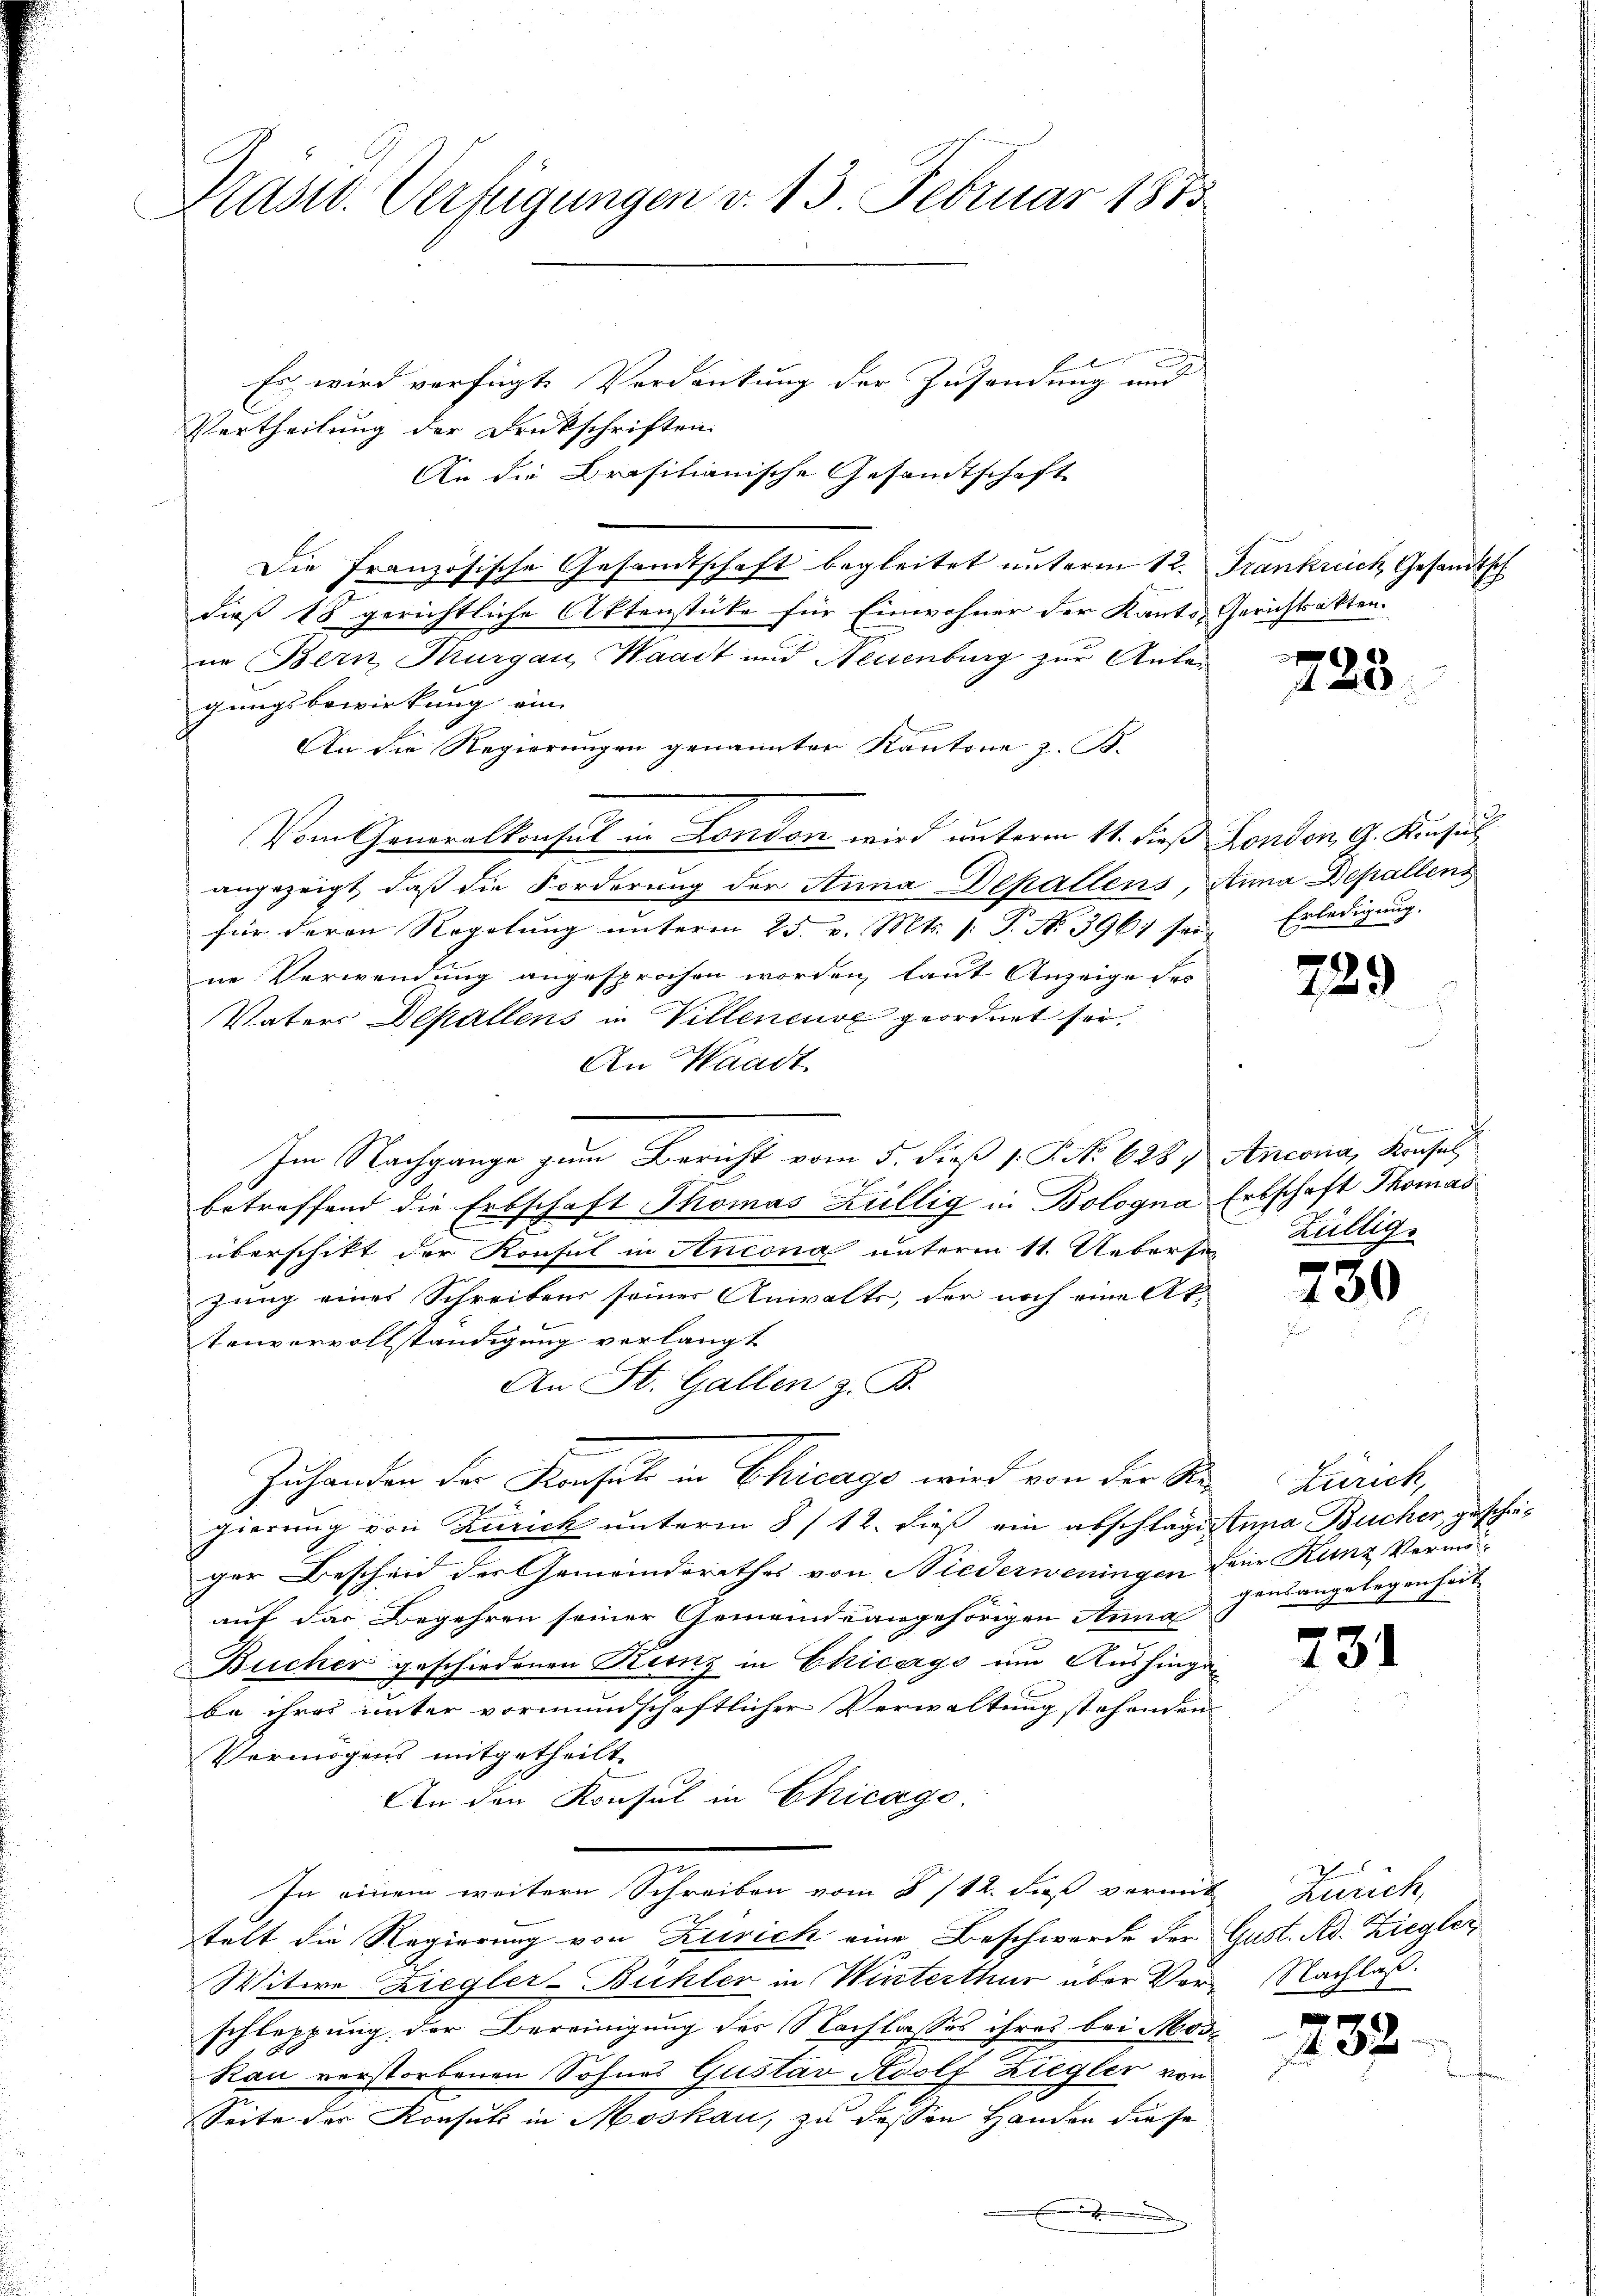
Präsid. Verfügungen d. 13 Februar 1873

Es wird verfügte Verdankung der Zusendung und
Vertheilung der Druckschriften.
An die Brasitionische Gesandtschaft
Die Französische Gesandtschaft begleitet unterm 12. Frankrich, Gesandtsch
dieß 18 gerichtliche Aktenstüke für Einwohner der Kanto Gerichtsakten.
ne Bern Thurgau, Waadt und Neuenburg zur Anlagungsbewirkung ein
An die Regierungen genannten Kantone z. B.
Vom Honoralkonsul in London wird unterm 11. dieß London, G. Konsul
angezeigt, daß die Forderung der Anna Dehallens, Anna Depallens
für deren Regelung unterm 25. v. Mts. (: P. No 3961 sei
ne Verwendung angesprochen worden, laut Anzeige des
Vaters Depallens in Villeneuve geordnet sei.
An Waadt
Im Nachgange zum Bericht vom 5. dieß s. P. No. 628, Ancona, Konsalz
betreffend die Erbschaft Thomas Züllig in Bologna Erbschaft Thomas
überschikt der Konsul in Ancona unterm 11. Ueberse
zung eines Schreibens seiner Anwalts, der noch eine At-
tenvervollständigung verlangt
An St. Gallen z. B.
Zuhanden der Konsul in Chicago wird von der S. Zürich,
J
gierung von Zürich unterm 8/12. dieß ein abschlage Anna Bucher, geschieger Bescheid der Gemeinderathes von Niederweningen Feier Kunz Vermöauf das Begehren seiner Gemeindeangehörigen Anna
Bücher geschiedenen Kunz in Chicago um Aushingebe ihres unter vormundschaftlicher Verwaltung stehenden
Vermögens mitgetheilt.
An den Konsul in Chicago
In einem weitern Schreiben vom § 712. daß vormit Zürich,
telt die Regierung von Zürich eine Beschwerde der Gust. Ad. Ziegler
Witwe Ziegler-Bühler in Winterthur über Ver- Nachlaß.
schleppung der Bereinigung des Nachlasses ihres bei Mose
Rau verstorbenen Sohnes Gustav Adolf Ziegler von
Seite der Konsul in Moskau, zu dessen Handen die se

f
A

Erledigung.

2.

73

9)

.
Züllig.

s

gensangelegenheit

234

23

2